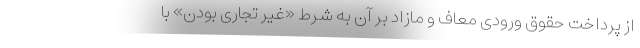
از پرداخت حقوق ورودی معاف و مازاد بر آن به شرط «غیر تجاری بودن» با